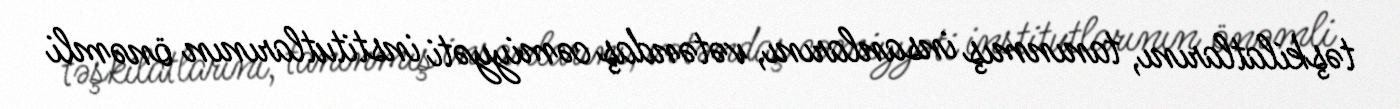
təşkilatlarını, tanınmış insanlarını, vətəndaş cəmiyyəti institutlarının önəmli